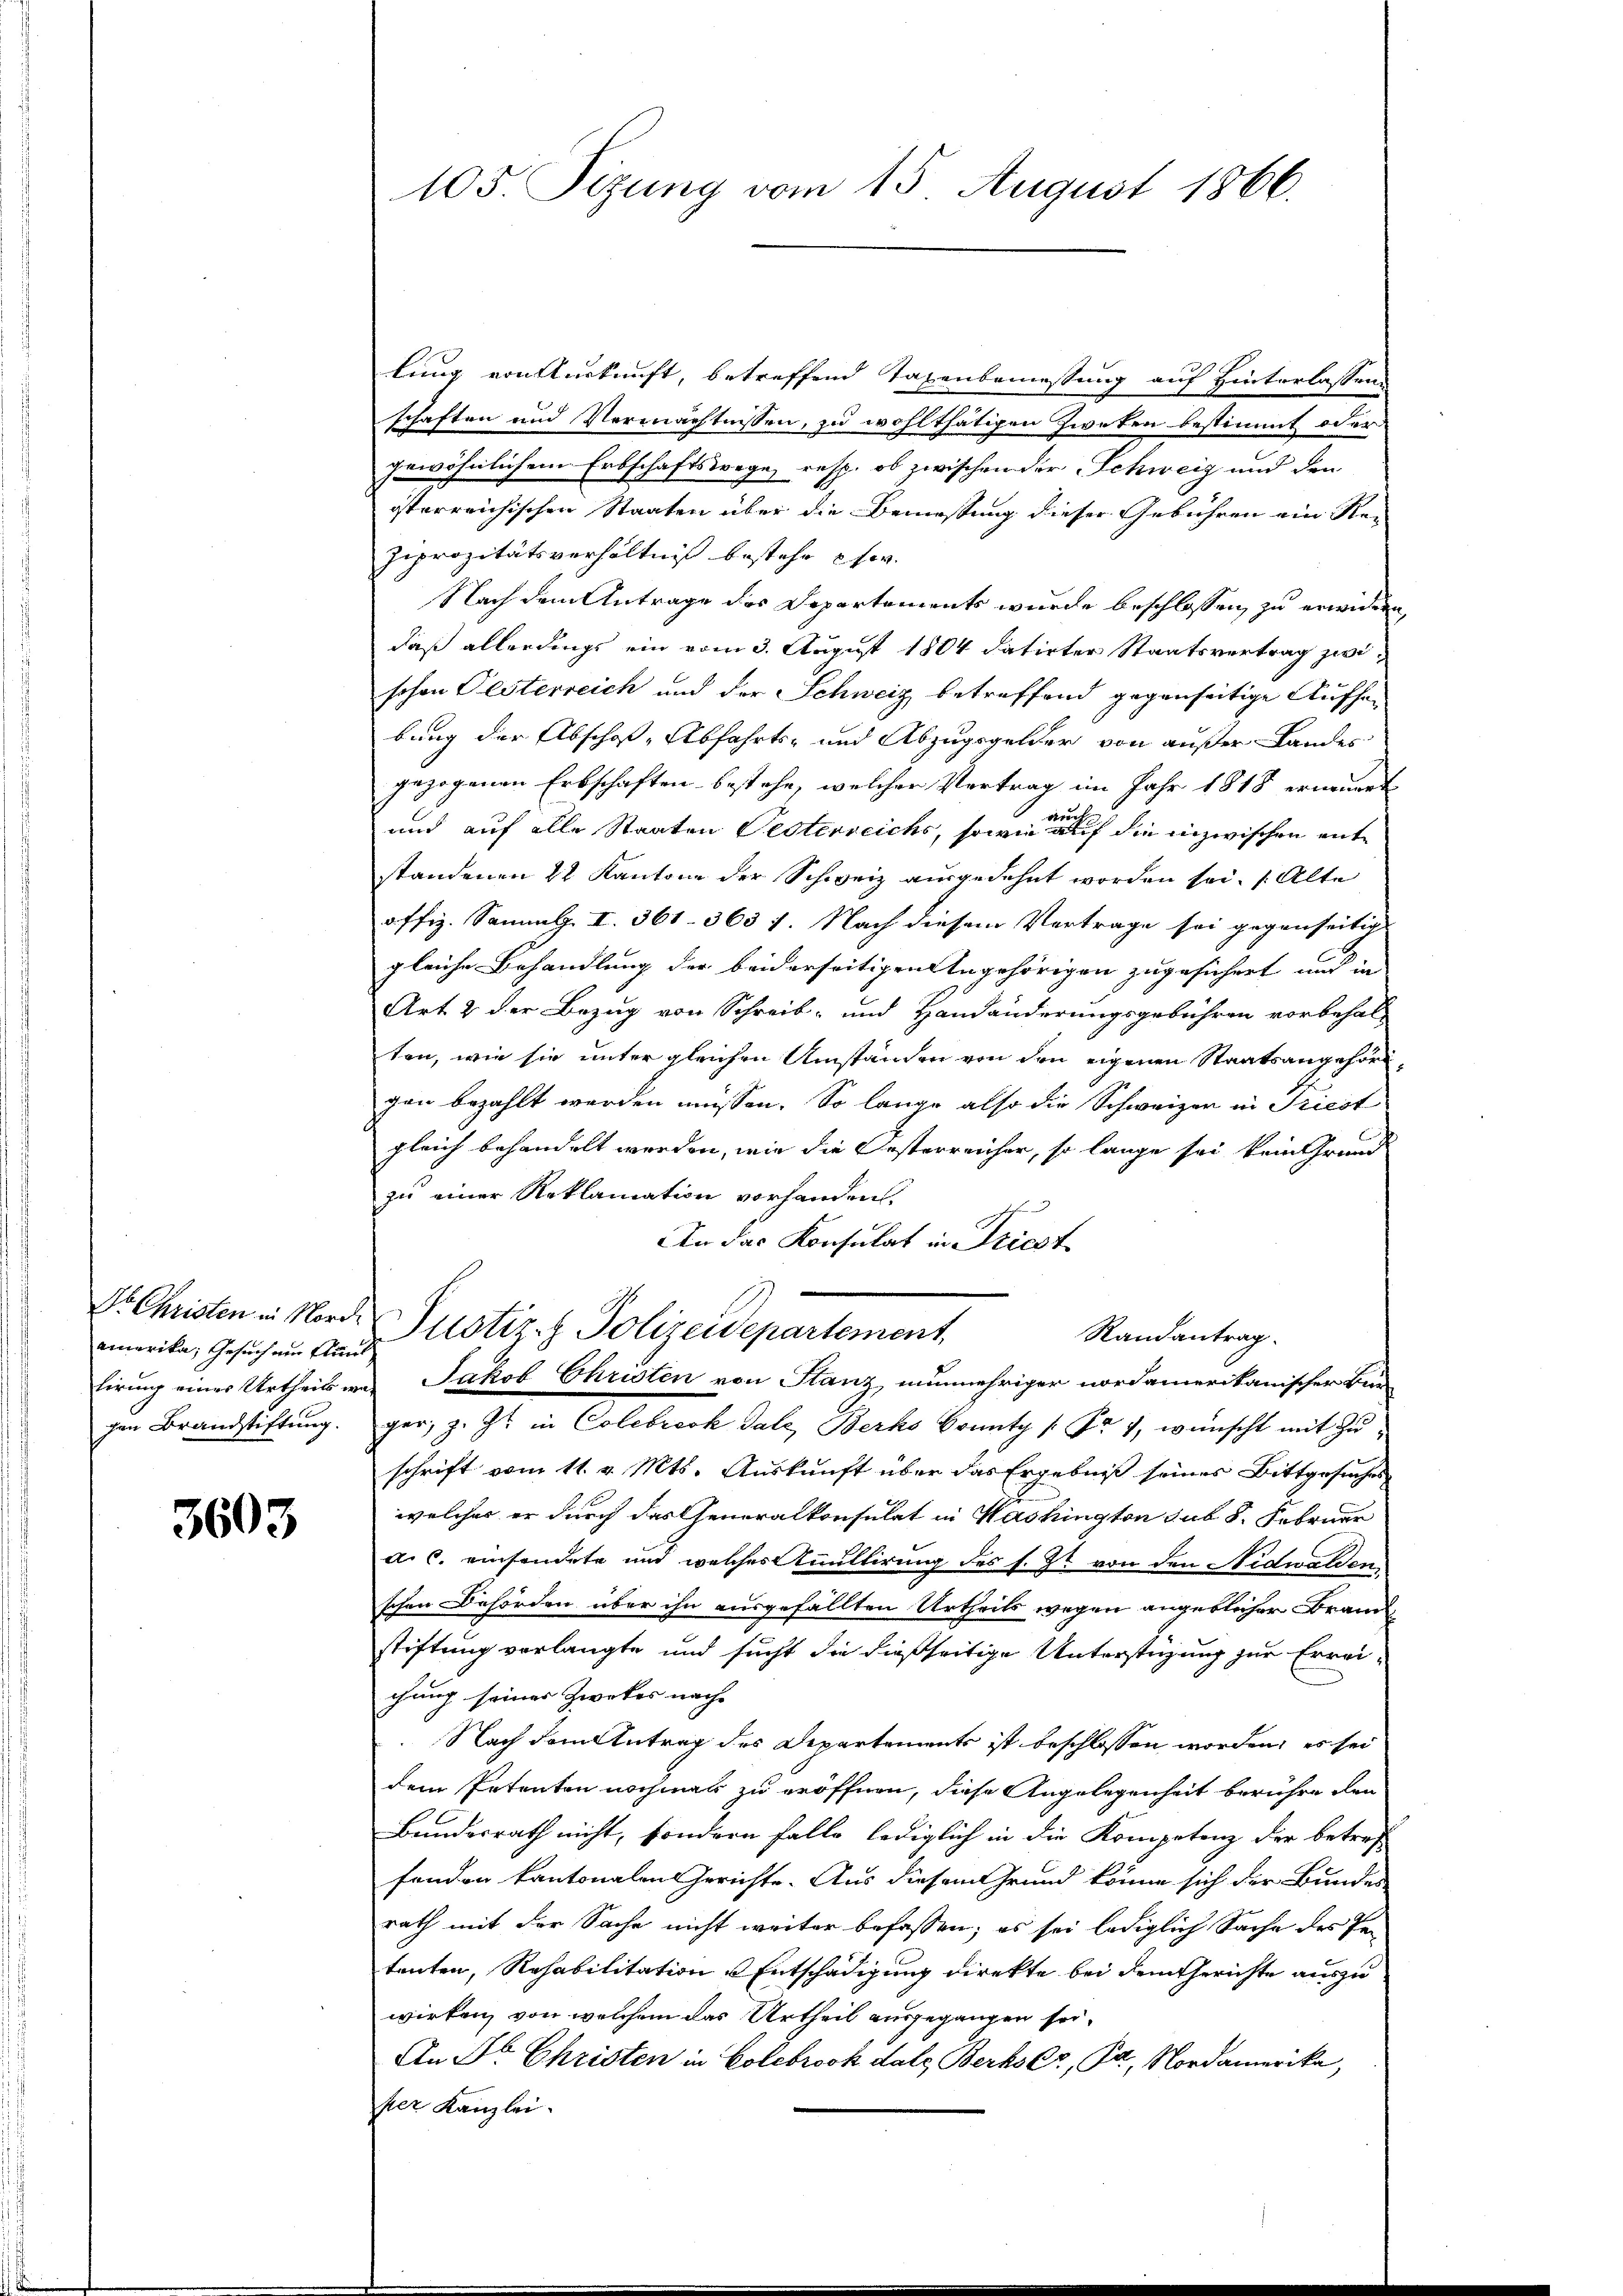
amerika, Gesuch um Flunt
Firing eines Urtheils wa
gen Brandstiftung.

3603

105. Sizung vom 15. August 1866.

lung von Auskunft, betreffend Taxenbemessung auf Hinterlassen
schaften und Vermächtnissen, zu wohlthätigen Zweken bestimmt oder
gewöhnlichem Erbschaftswege resp. ob zwischen der Schweiz und den
isterreichischen Staaten über die Bemessung dieser Gebühren ein Re-
Ziprozitätsverhältniß bestehe her
Nach dem Antrage des Departements wurde beschlossen, zu erwider
daß allerdings ein vom 3. August 1804 datirter Staatsvertrag zwischon Gesterreich und der Schweiz betreffend gegenseitige Aufhebung der Abschof-Abfahrts- und Abzugsgelder von außer Landes
gezogenen Erbschaften bestehe, welcher Vertrag im Jahr 1818 ernennet
und auf alle Staaten Besterreichs, sowie auf die inzwischen entstandenen 22 Kantone der Schweiz ausgedehnt worden sei. Alte
affiz. Sammlg. I. 361. 363 1. Nach diesem Vertrage sei gegenseilich
gleiche Behandlung der beiderseitigen Angehörigen zugesichert und in
Art 2 der Bezug von Schreib- und Handänderungsgebühren vorbehal-
ten, wie sie unter gleichen Umständen von den eigenen Staatsangehörd
von bezahlt werden müssen. So lange also die Schweizer in Priest
gleich behandelt werden, wie die Oesterreicher, so lange sei kein Grund
zu einer Reklamation vorhanden.
An das Konsulat in Priest
Dr. Christen in Nord- Justiz- & Polizeidepartement,
Randantrag.
Jakob Christen von Stanz, nunmehriger nordamerikanischer Ben
ger, z. Zt. in Colebrock date, Berts Sonnatz /: Fr. 4, wünscht mit Zuschrift vom 11. v. Mts. Auskunft über das Ergebniß seines Bittgesuches
welches er durch das Generalkonsulat in Washington sub 8. Februar
a. C. einsendete und welches nullirung des s. Zt. von den Nidwalden
schen Behörden über ihn ausgefällten Urtheils wegen angeblicher Brand
stiftung verlangte und sucht die dießseitige Unterstüzung zur Errei
chung seiner Zwekes nach
Nach dem Antrag des Departements ist beschlossen worden, es sei
dem Ertenten nochmals zu eröffnen, diese Angelegenheit berühre den
Bundesrath nicht, sondern falle lediglich in die Kompetenz der betref
fanden kantonalen Gerichte. Aus diesem Grund könne sich der Bundes
rath mit der Sache nicht weiter befassen; es sei lediglich Sache des Petenten, Rehabilitation Entschädigung direkte bei dem Gerichte auszuwirken, von welchem das Urtheil ausgegangen sei.
An Dr. Christen in Colebrook dato Berts er, Pa, Nordamerika,
per Kanzlei.